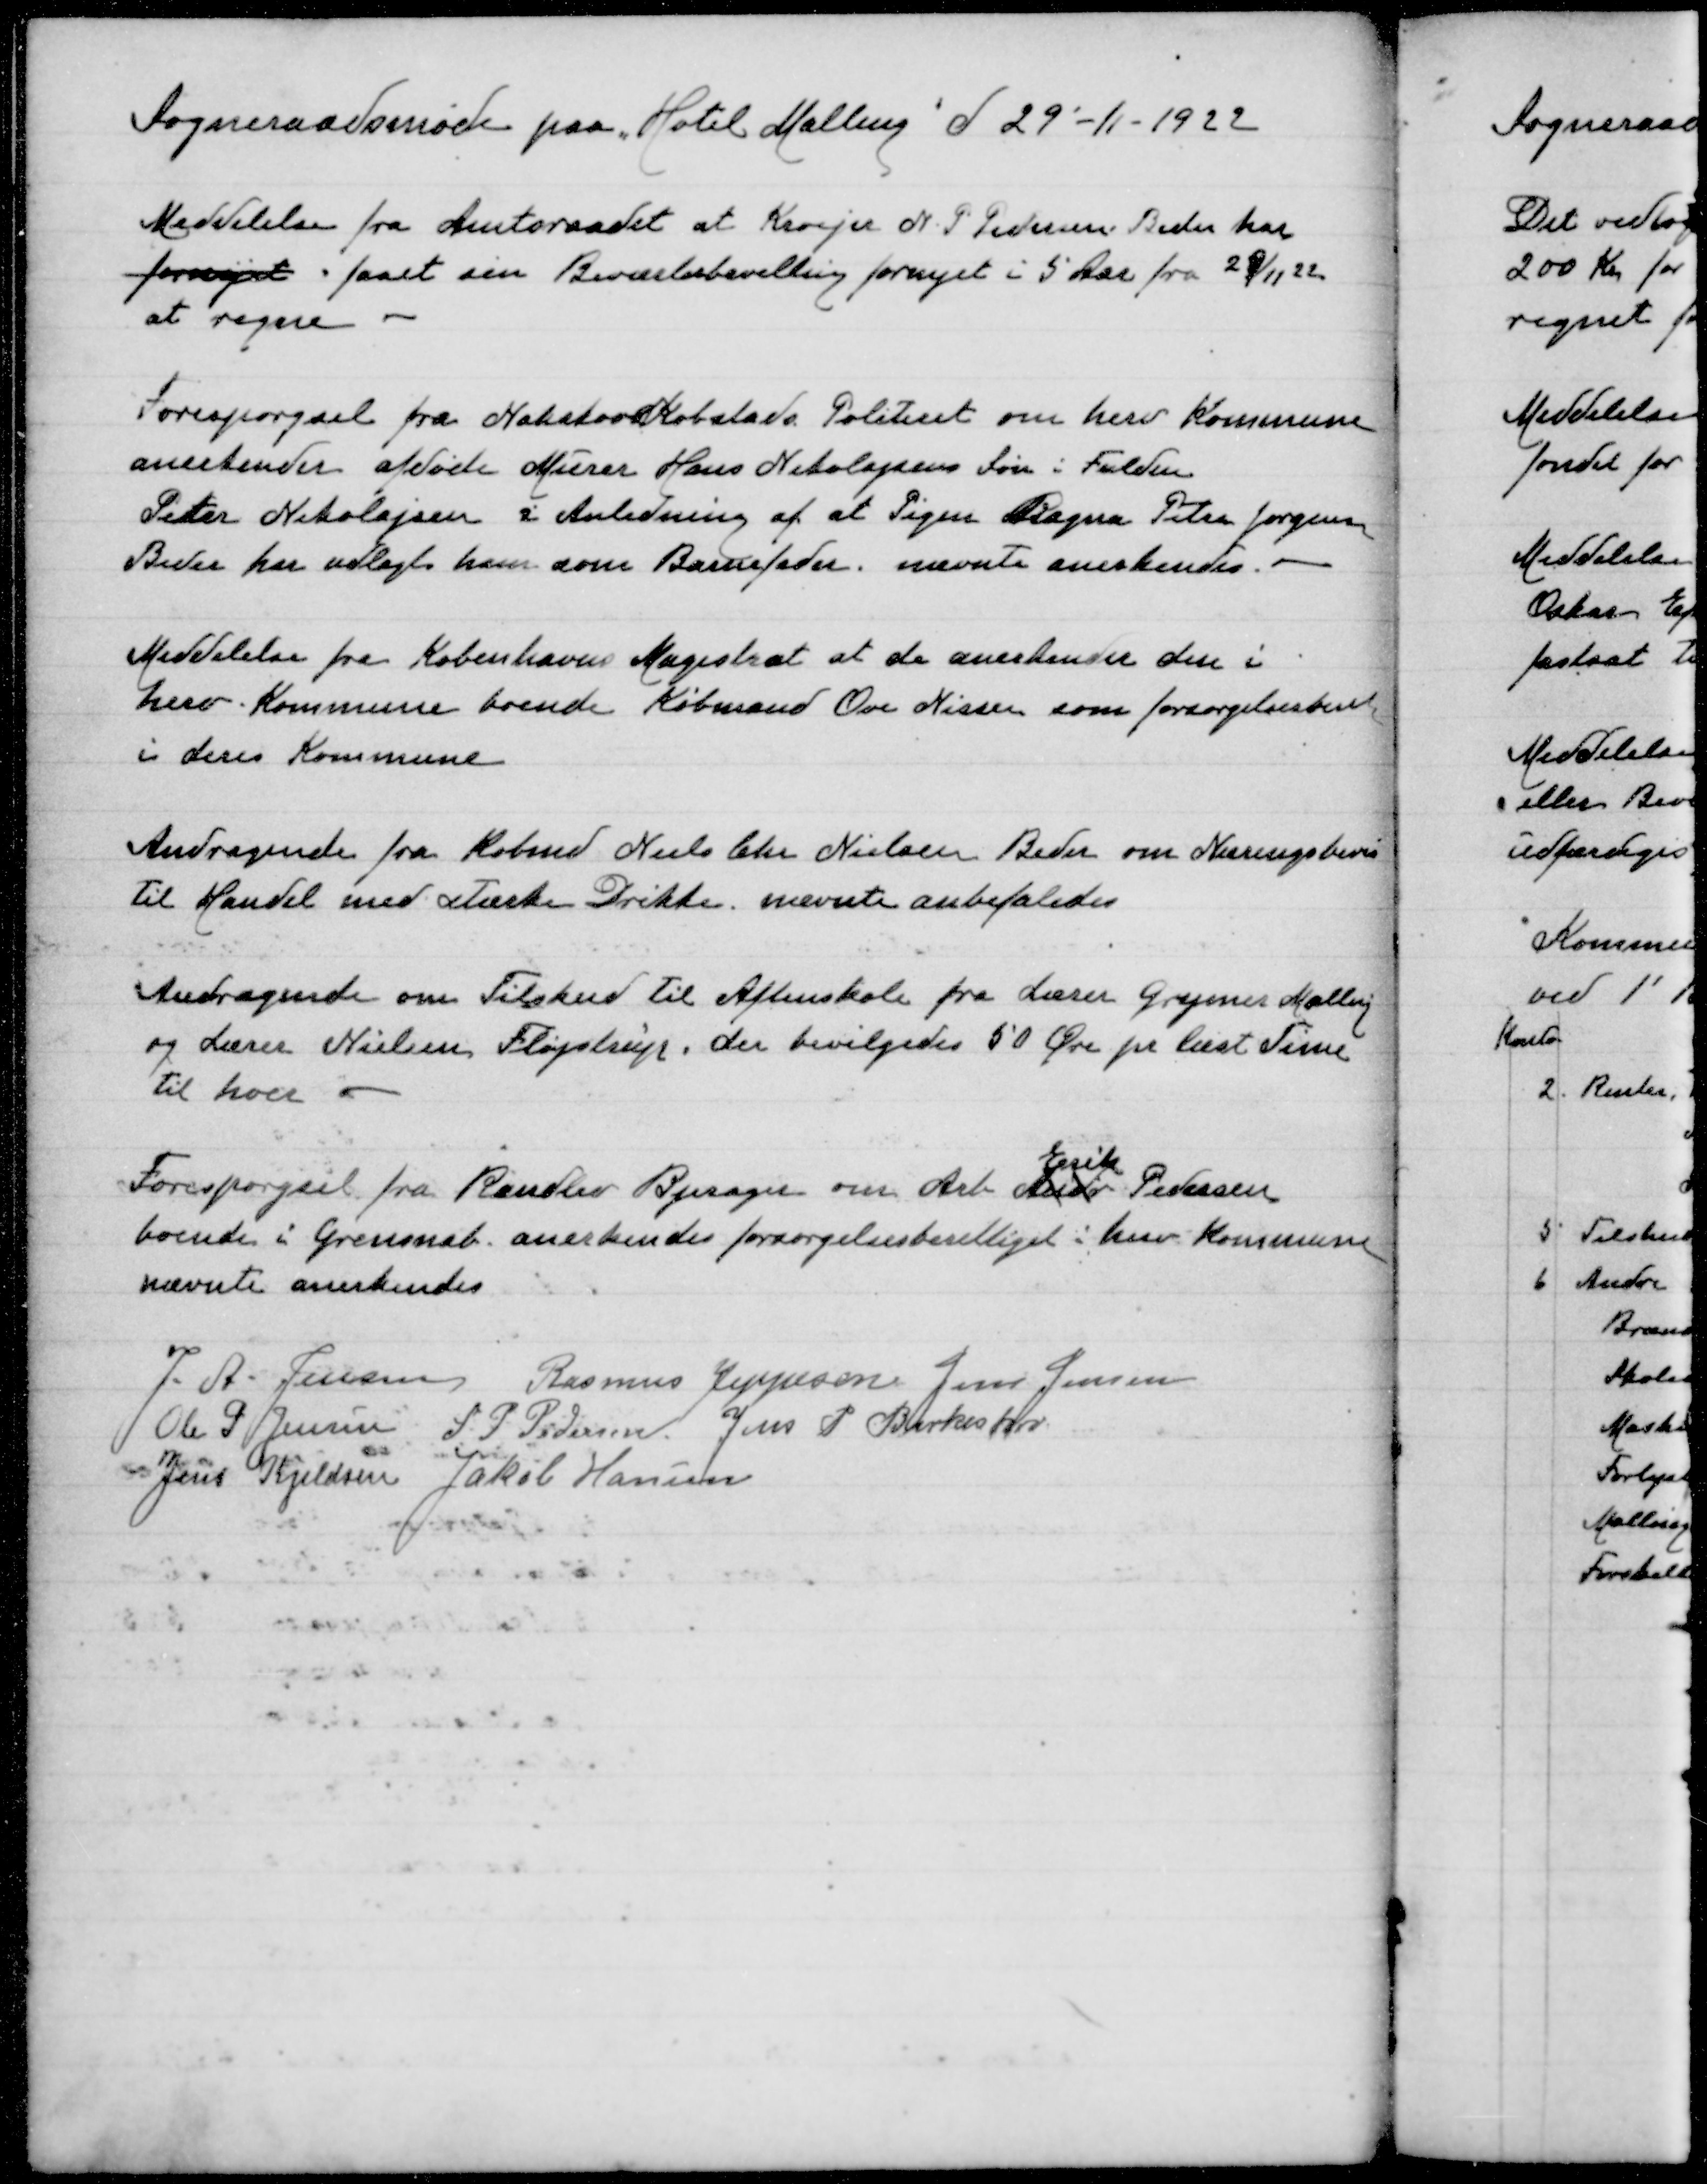
Transskription:
Sogneraadsmøde paa "Hotel Malling" d 29-11-1922
Meddelelse fra Amtsraadet at Kroejer N P Pedersen Beder har
fornyet faaet sin Beværterbevilling fornyet i 5 Aar fra 29/11 22
at regne
Forespørgsel fra Nakskov Købstads Politiet om herv Kommune
anerkender afdøde Murer Hans Nikolajsens Søn i Fulden
Peter Nikolajsen i Anledning af at Pigen Ragna Petra Jørgensen
Beder har udlagt ham som Barnefader. nævnte anerkendes
Meddelelse fra Københavns Magistrat at de anerkender den i
herv Kommune boende Købmand Ove Nissen som forsørgelsesberet
i deres Kommune
Andragende fra Kbmd Niels Chr Nielsen Beder om Næringsbevis
til Handel med stærke Drikke. nævnte anbefaledes
Andragende om Tilskud til Aftenskole fra Lærer Grymer Malling
og Lærer Nielsen Fløjstrup, der bevilgedes 50 Øre pr læst Time
til hver
Erik
Forespørgsel fra Randlev Bjerager om Arb Andr Pedersen
boende i Grensnab anerkendes forsørgelsesberettiget i herv Kommune
nævnte anerkendes

J A Jensen
Rasmus Jeppesen
Jens Jensen
Ole P Jensen
S P Pedersen
Jens P Birkeskov
Jens Kjeldsen
Jakob Hansen